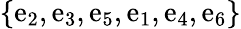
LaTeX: \{ \mathrm{e}_{2},\mathrm{e}_{3},\mathrm{e}_{5},\mathrm{e}_{1},\mathrm{e}_{4},\mathrm{e}_{6}\}